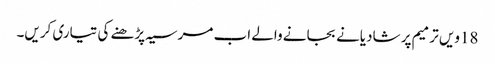
18ویں ترمیم پر شادیانے بجانے والے اب مرسیہ پڑھنے کی تیاری کریں۔